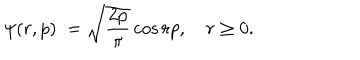
LaTeX: \psi ( r , p ) : = \sqrt { \frac { 2 p } { \pi } } \cos r p , \quad r \geq 0 .